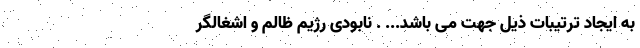
به ایجاد ترتیبات ذیل جهت می باشد... . نابودی رژیم ظالم و اشغالگر